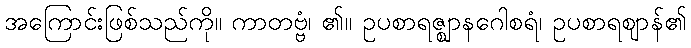
အကြောင်းဖြစ်သည်ကို။ ကာတဗ္ဗံ၊ ၏။ ဥပစာရဇ္ဈာနဂေါစရံ၊ ဥပစာရဈာန်၏